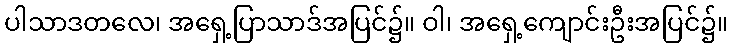
ပါသာဒတလေ၊ အရှေ့ပြာသာဒ်အပြင်၌။ ဝါ၊ အရှေ့ကျောင်းဦးအပြင်၌။